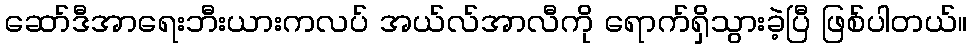
ဆော်ဒီအာရေးဘီးယားကလပ် အယ်လ်အာလီကို ရောက်ရှိသွားခဲ့ပြီ ဖြစ်ပါတယ်။